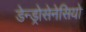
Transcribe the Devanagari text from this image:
डेन्ड्रोसेनेसियो